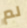
لم